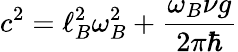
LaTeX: c^{2}=\ell_{B}^{2}\omega_{B}^{2}+\frac{\omega_{B}\nu g}{2\pi\hbar}